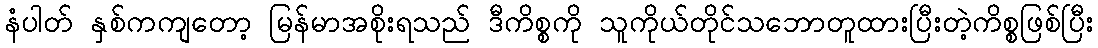
နံပါတ် နှစ်ကကျတော့ မြန်မာအစိုးရသည် ဒီကိစ္စကို သူကိုယ်တိုင်သဘောတူထားပြီးတဲ့ကိစ္စဖြစ်ပြီး